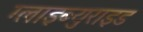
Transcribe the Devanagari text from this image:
ग्लाइब्युराइड